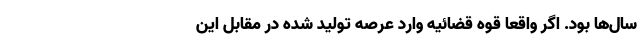
سال‌ها بود. اگر واقعاً قوه قضائیه وارد عرصه تولید شده در مقابل این